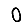
Digit: 0